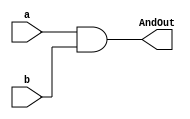
`timescale 10ns/1ns

module AndOp(a , b , AndOut);
input a,b;
output reg AndOut;
always @(a,b) begin
  AndOut <= a & b;
  end
endmodule